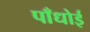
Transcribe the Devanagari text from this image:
पाँधोई